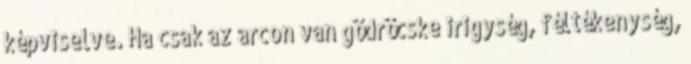
képviselve. Ha csak az arcon van gödröcske irigység, féltékenység,